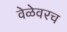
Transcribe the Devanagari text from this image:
वेळेवरच